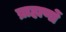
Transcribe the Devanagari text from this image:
ब्राहाणों